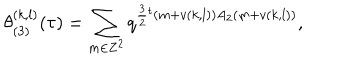
\theta _ { ( 3 ) } ^ { ( k , l ) } ( \tau ) = \sum _ { m \in { \bf Z } ^ { 2 } } q ^ { \frac { 3 } { 2 } { } ^ { t } ( m + v ( k , l ) ) A _ { 2 } ( m + v ( k , l ) ) } ,